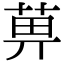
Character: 𦱓